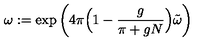
\omega : = \exp \left( 4 \pi \Big ( 1 - \frac { g } { \pi + g N } \Big ) \tilde { \omega } \right)